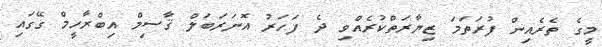
މީގެ ތެރެއިން ފުރަތަމަ ޒިޔާރަތްކުރެއްވި ދެ ފަހަރު އޮނަރަބަލް ޤާސިމް އިބްރާހީމް ގޭގައި